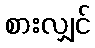
စားလျှင်